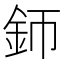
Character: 𨥚